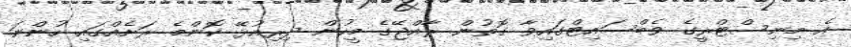
އެ މިނިސްޓްރީގެ ވެބްސައިޓްގައިވާ ގޮތުން ރާއްޖޭގެ މީހުން ދިރިއުޅޭ ކޮންމެ ރަށެއްގައި ހުންނަ